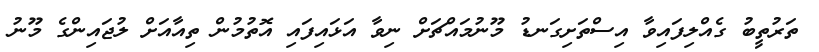
ތަރުތީބު ގެއްލިފައިވާ އިސްތަށިގަނޑު މޫނުމައްޗަށް ނިވާ އަޅައިފައި އޮތުމުން ތިއާއަށް ލުޖައިންގެ މޫނު